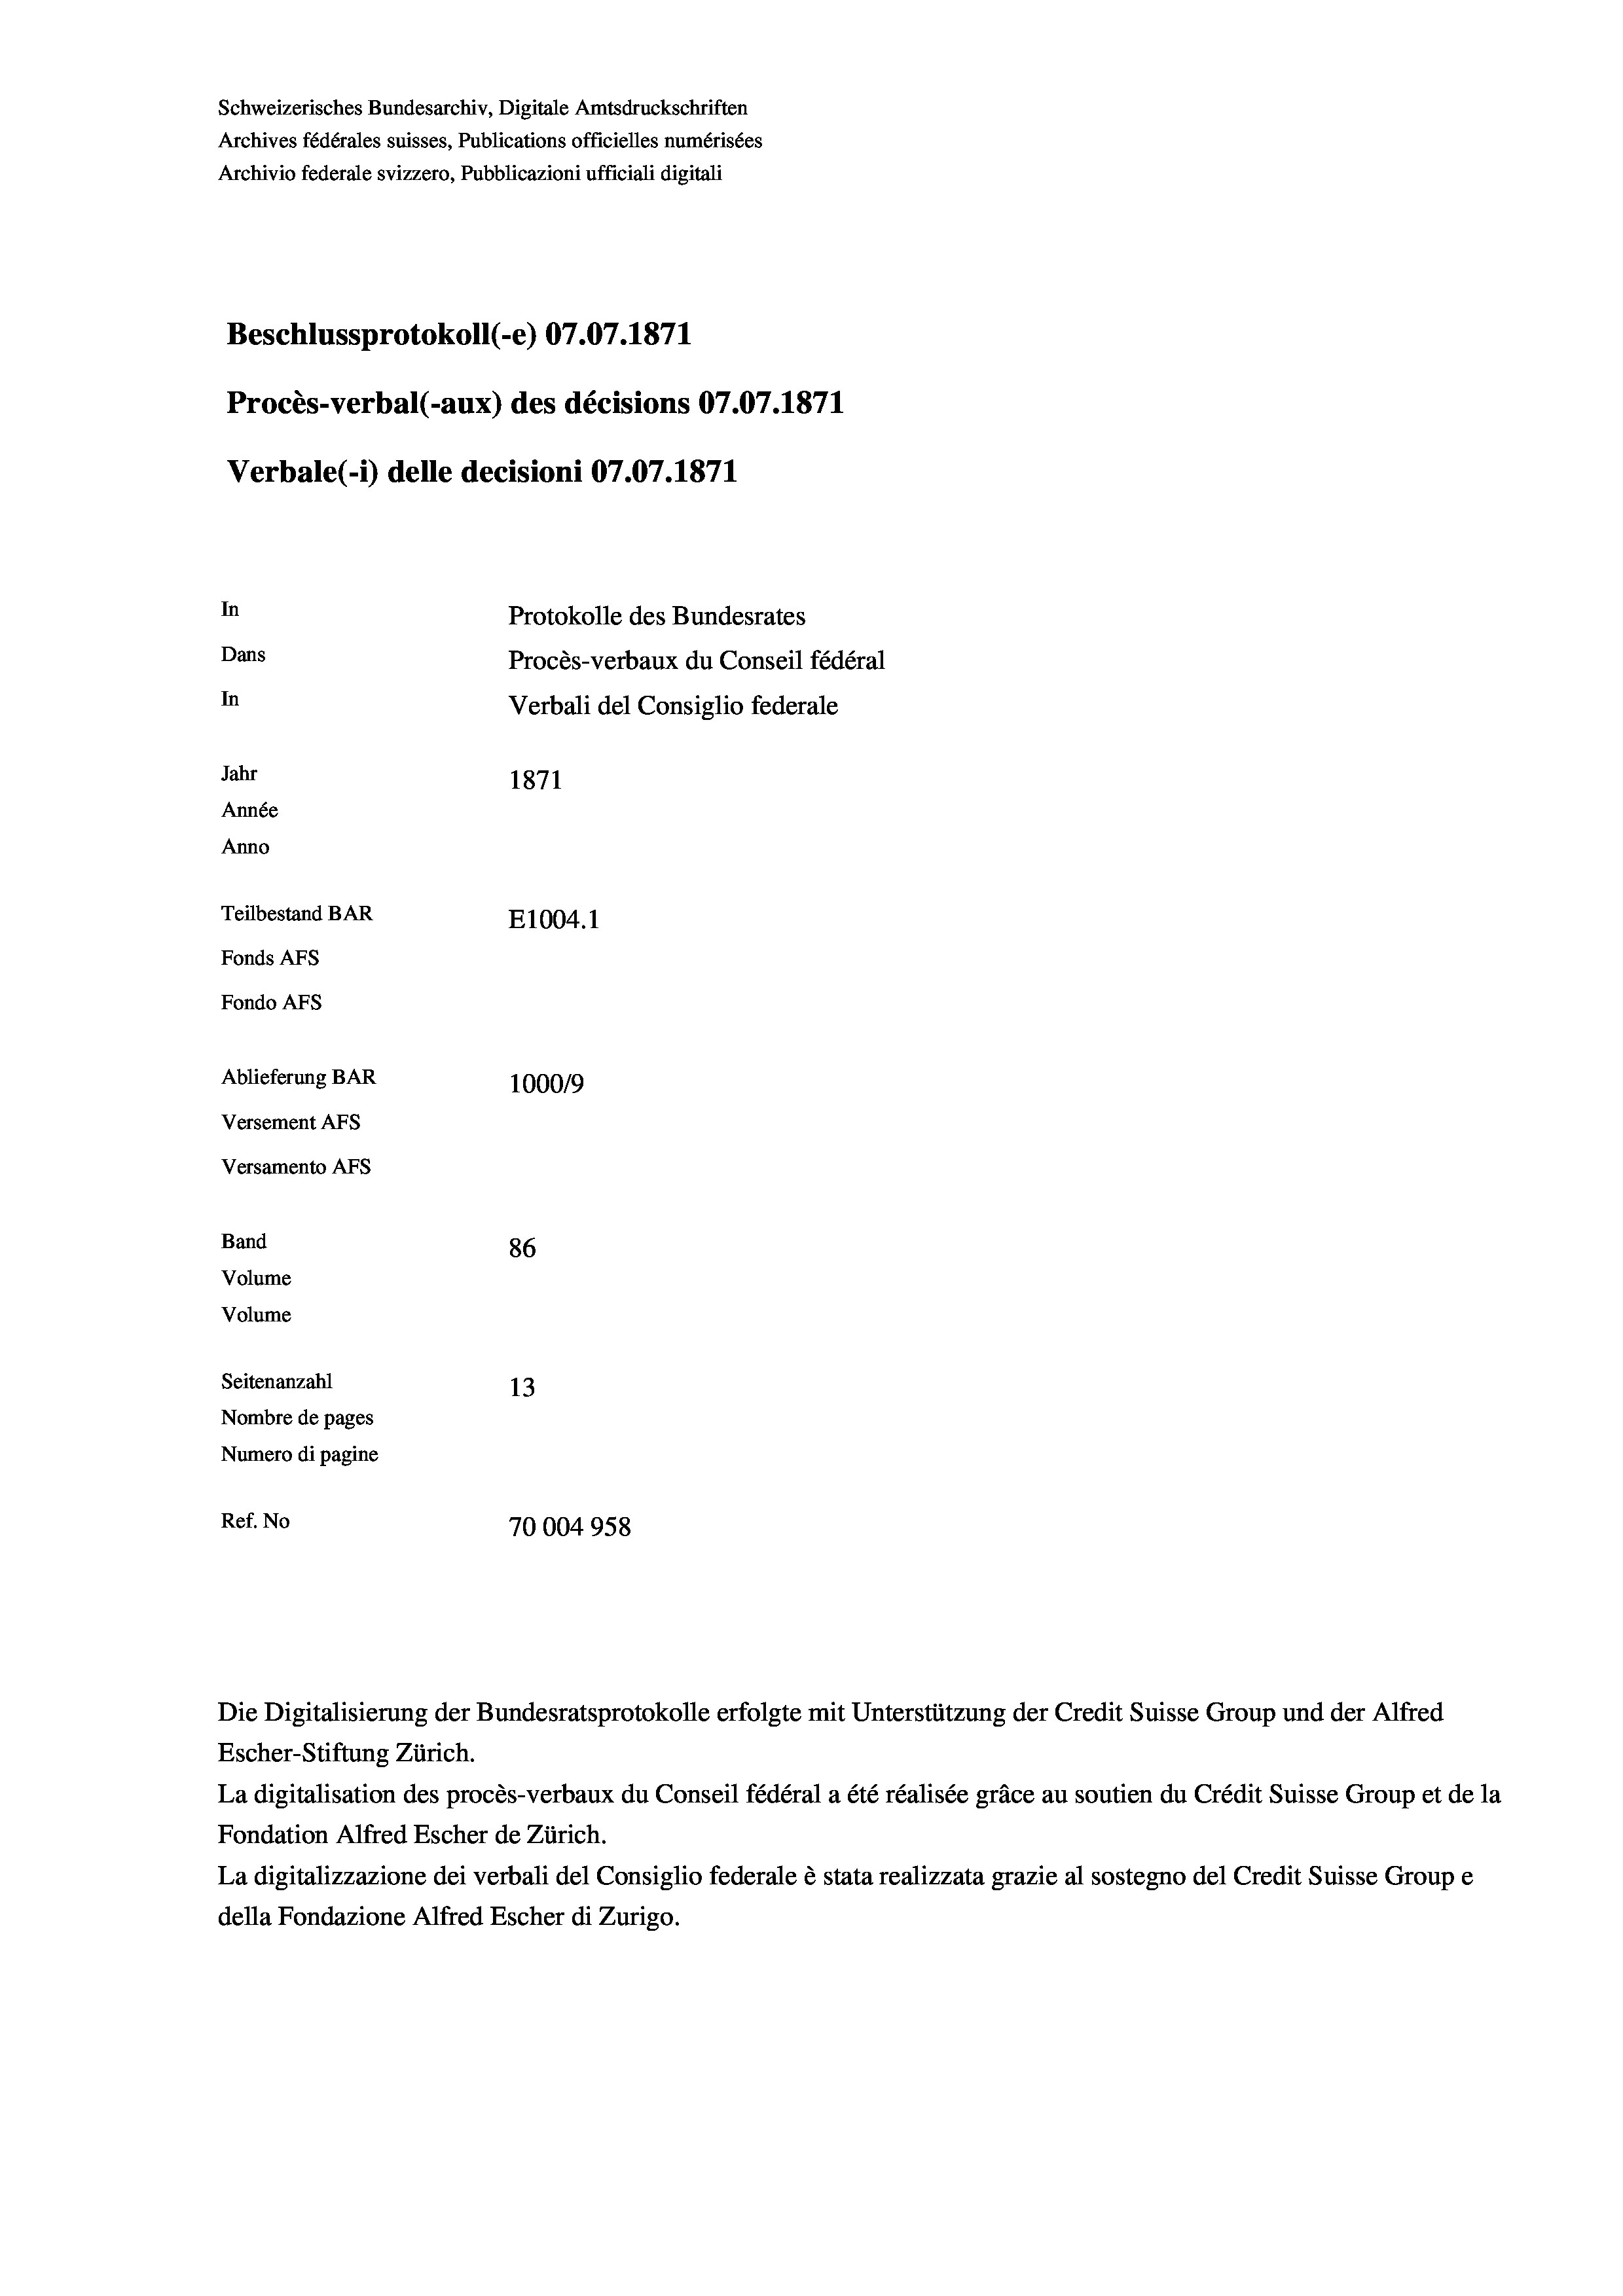
Schweizerisches Bundesarchiv, Digitale Amtsdruckschriften
Archives fédérales suisses, Publications officielles numérisées
Archivio federale svizzero, Pubblicazioni ufficiali digitali
Beschlussprotokoll (-e) 07.07. 1871
Procès-verbal (-aux) des décisions 07.07.1871
Verbale (- 1) delle decisioni 07.07. 1871
In
Protokolle des Bundesrates
Dans
Procès-verbaux du Conseil fédéral
In
Verbali del Consiglio federale
Jahr
1871
Année
Anno
Teilbestand BAR
E1004. 1
Fonds Afs
Fondo AFs
Ablieferung BAR
100019
Versement Abs
Versamento Afs

Band
Volume

86
Seitenanzahl
13
Nombre de pages
Numero di pagine
Ref. No
70004958

Volume

Escher-Stiftung Zürich.
La digitalisation des procès-verbaux du Conseil fédéral a été réalisée gräce au soutien du Crédit Suisse Group et de la
Fondation Alfred Escher de Zürich.
La digitalizzazione dei verbali del Consiglio federale è stata realizzata grazie al sostegno del Credit Suisse Groupe
della Fondazione Alfred Escher di Zurigo.

Die Digitalisierung der Bundesratsprotokolle erfolgte mit Unterstützung der Credit Suisse Group und der Alfred